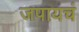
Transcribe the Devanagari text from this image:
जपायचं